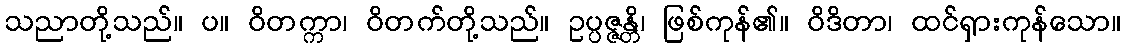
သညာတို့သည်။ ပ။ ဝိတက္ကာ၊ ဝိတက်တို့သည်။ ဥပ္ပဇ္ဇန္တိ၊ ဖြစ်ကုန်၏။ ဝိဒိတာ၊ ထင်ရှားကုန်သော။